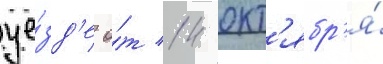
уе́зд'е о́т 14 окт'ябр'я́